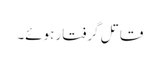
قاتل گرفتار ہوئے۔